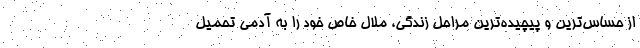
از حساس‌ترین و پیچیده‌ترین مراحل زندگی، ملال‌ خاص خود را به آدمی تحمیل